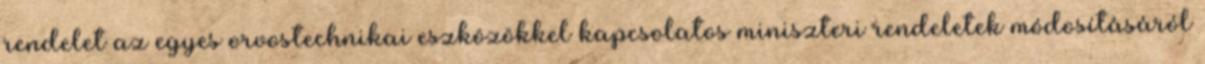
rendelet az egyes orvostechnikai eszközökkel kapcsolatos miniszteri rendeletek módosításáról